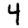
Digit: 4